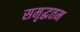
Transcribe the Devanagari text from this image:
समृद्धतम